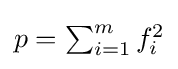
{\textstyle p=\sum _{i=1}^{m}f_{i}^{2}}